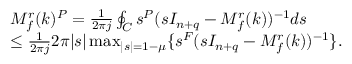
\begin{array} { r l } & { M _ { f } ^ { r } ( k ) ^ { P } = \frac { 1 } { 2 \pi j } \oint _ { C } s ^ { P } ( s I _ { n + q } - M _ { f } ^ { r } ( k ) ) ^ { - 1 } d s } \\ & { \leq \frac { 1 } { 2 \pi j } 2 \pi \lvert s \rvert \operatorname* { m a x } _ { \lvert s \rvert = 1 - \mu } \{ s ^ { F } ( s I _ { n + q } - M _ { f } ^ { r } ( k ) ) ^ { - 1 } \} . } \end{array}